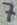
Text: 7